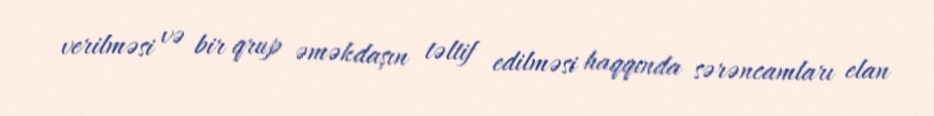
verilməsi və bir qrup əməkdaşın təltif edilməsi haqqında sərəncamları elan